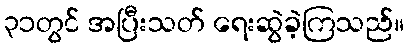
၃၁တွင် အပြီးသတ် ရေးဆွဲခဲ့ကြသည်။